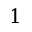
1